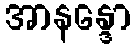
အာနန္ဒော